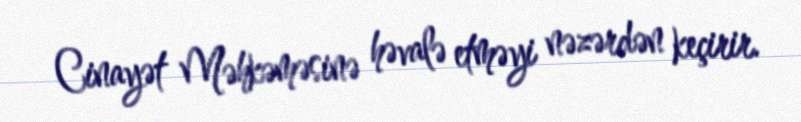
Cinayət Məhkəməsinə həvalə etməyi nəzərdən keçirir.